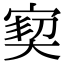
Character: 㝣